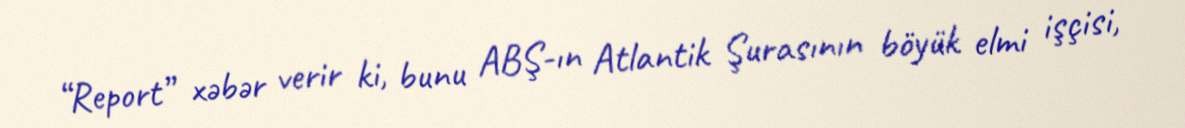
“Report” xəbər verir ki, bunu ABŞ-ın Atlantik Şurasının böyük elmi işçisi,